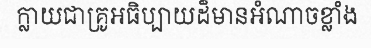
ក្លាយជាគ្រូអធិប្បាយដ៏មានអំណាចខ្លាំង